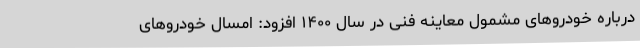
درباره خودروهای مشمول معاینه فنی در سال ۱۴۰۰ افزود: امسال خودروهای